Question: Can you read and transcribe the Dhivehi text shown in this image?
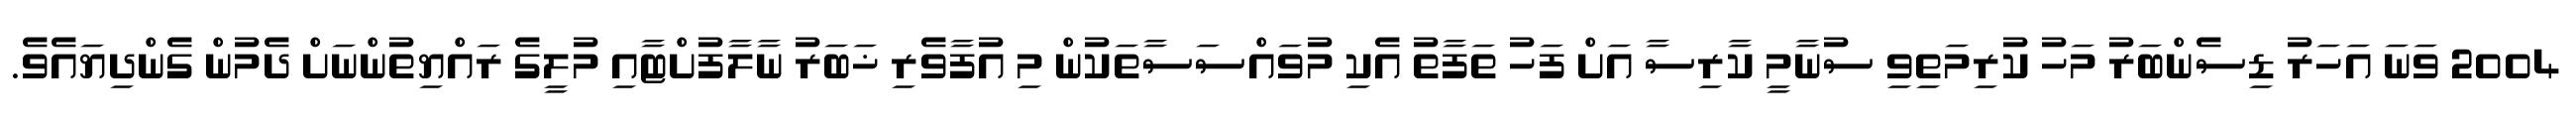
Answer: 2004 ވަނަ އަހަރު ޑިސެންބަރު މަހު ކުރިމަތިވި ސުނާމީ ކާރިސާ އަށް ފަހު ތަފާތު އެކި މުވައްސަސާތަކުން މި އުފާވެރި ޚަބަރު ނާލާފުށްޓާއި މުލީގެ ރައްޔިތުންނަށް ދެމުން ގެންދިޔައެވެ.